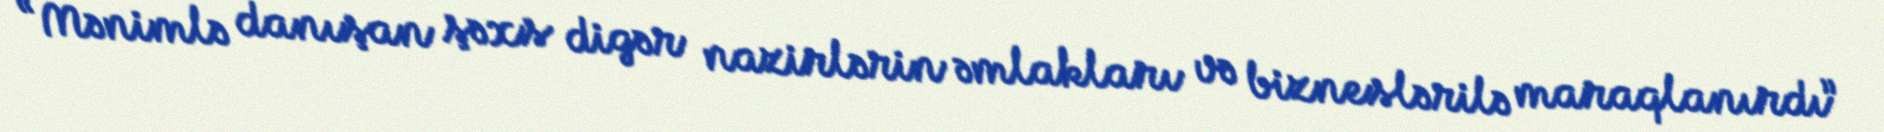
“Mənimlə danışan şəxs digər nazirlərin əmlakları və bizneslərilə maraqlanırdı”